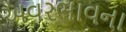
અવરભાવના